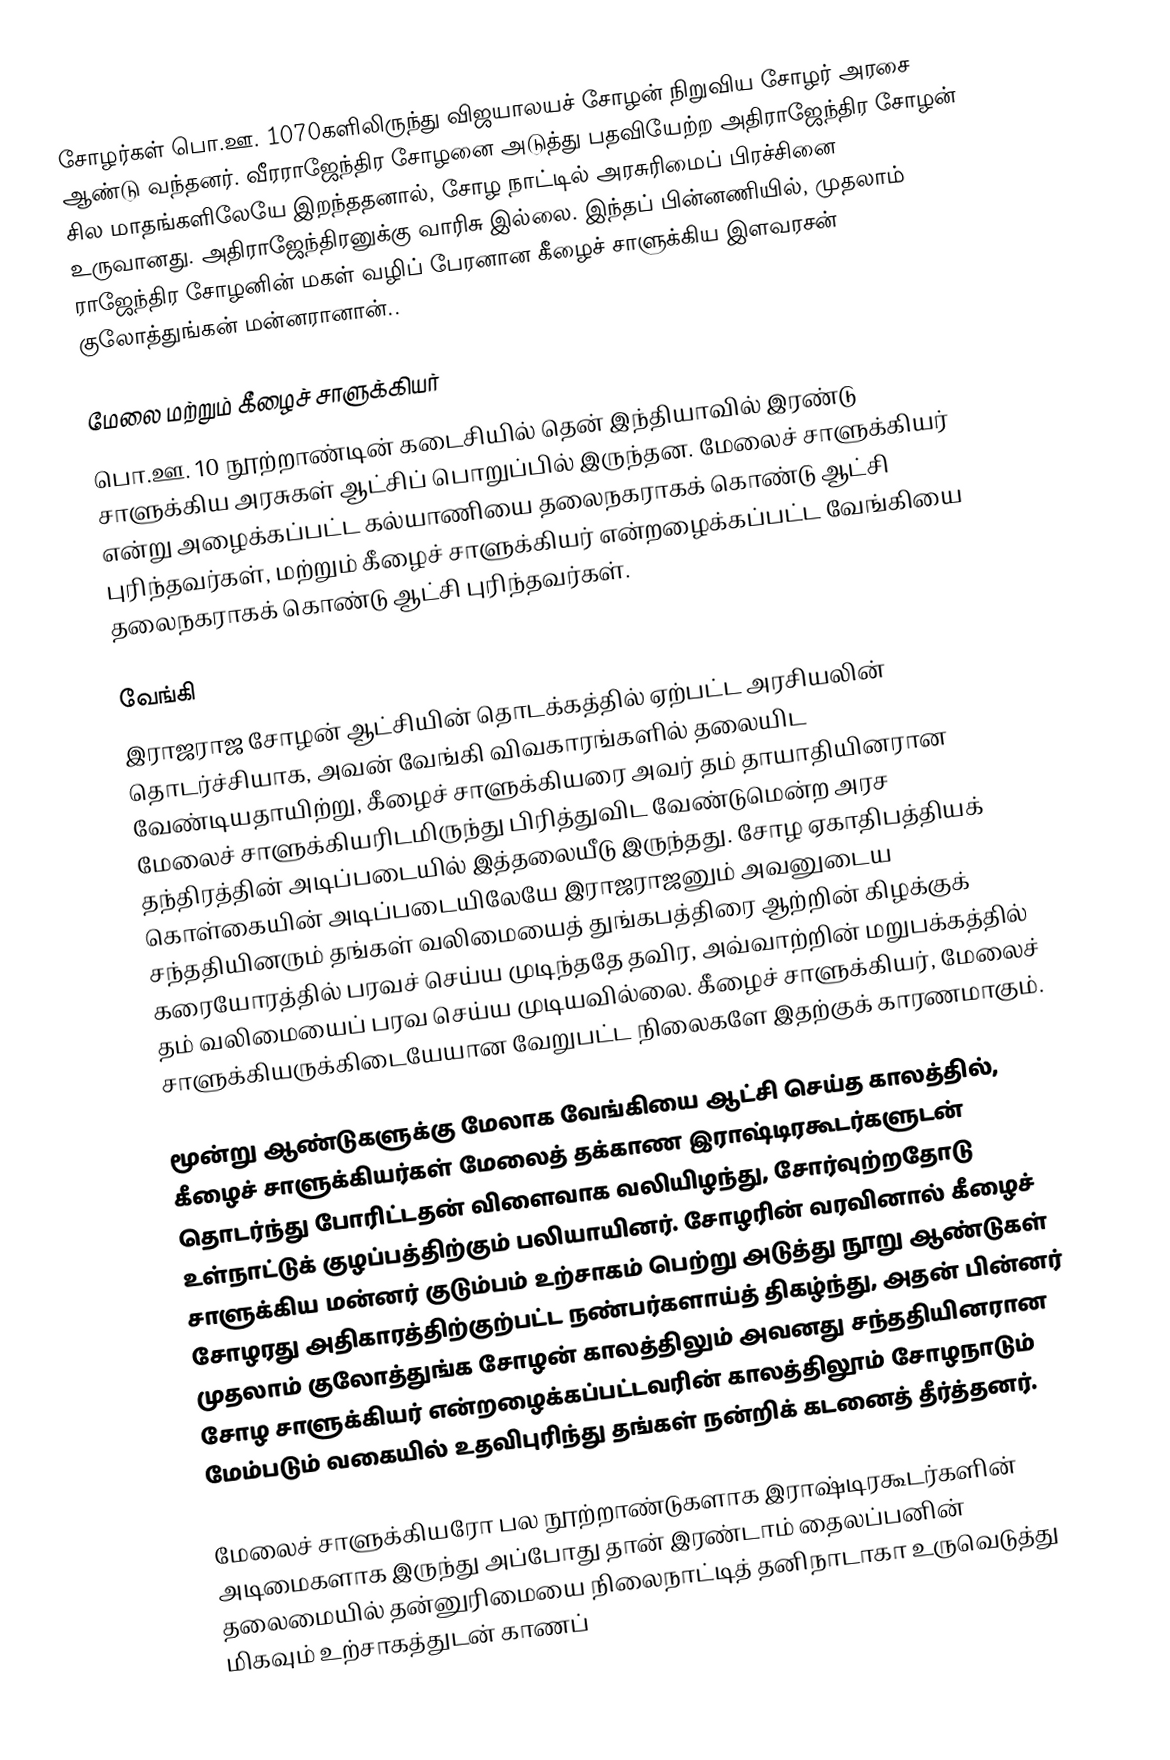
சோழர்கள் பொ.ஊ. 1070களிலிருந்து விஜயாலயச் சோழன் நிறுவிய சோழர் அரசை ஆண்டு வந்தனர். வீரராஜேந்திர சோழனை அடுத்து பதவியேற்ற அதிராஜேந்திர சோழன் சில மாதங்களிலேயே இறந்ததனால், சோழ நாட்டில் அரசுரிமைப் பிரச்சினை உருவானது. அதிராஜேந்திரனுக்கு வாரிசு இல்லை. இந்தப் பின்னணியில், முதலாம் ராஜேந்திர சோழனின் மகள் வழிப் பேரனான கீழைச் சாளுக்கிய இளவரசன் குலோத்துங்கன் மன்னரானான்..

மேலை மற்றும் கீழைச் சாளுக்கியர்
பொ.ஊ. 10 நூற்றாண்டின் கடைசியில் தென் இந்தியாவில் இரண்டு சாளுக்கிய அரசுகள் ஆட்சிப் பொறுப்பில் இருந்தன. மேலைச் சாளுக்கியர் என்று அழைக்கப்பட்ட கல்யாணியை தலைநகராகக் கொண்டு ஆட்சி புரிந்தவர்கள், மற்றும் கீழைச் சாளுக்கியர் என்றழைக்கப்பட்ட வேங்கியை தலைநகராகக் கொண்டு ஆட்சி புரிந்தவர்கள்.

வேங்கி
இராஜராஜ சோழன் ஆட்சியின் தொடக்கத்தில் ஏற்பட்ட அரசியலின் தொடர்ச்சியாக, அவன் வேங்கி விவகாரங்களில் தலையிட வேண்டியதாயிற்று, கீழைச் சாளுக்கியரை அவர் தம் தாயாதியினரான மேலைச் சாளுக்கியரிடமிருந்து பிரித்துவிட வேண்டுமென்ற அரச தந்திரத்தின் அடிப்படையில் இத்தலையீடு இருந்தது. சோழ ஏகாதிபத்தியக் கொள்கையின் அடிப்படையிலேயே இராஜராஜனும் அவனுடைய சந்ததியினரும் தங்கள் வலிமையைத் துங்கபத்திரை ஆற்றின் கிழக்குக் கரையோரத்தில் பரவச் செய்ய முடிந்ததே தவிர, அவ்வாற்றின் மறுபக்கத்தில் தம் வலிமையைப் பரவ செய்ய முடியவில்லை. கீழைச் சாளுக்கியர், மேலைச் சாளுக்கியருக்கிடையேயான வேறுபட்ட நிலைகளே இதற்குக் காரணமாகும்.

மூன்று ஆண்டுகளுக்கு மேலாக வேங்கியை ஆட்சி செய்த காலத்தில், கீழைச் சாளுக்கியர்கள் மேலைத் தக்காண இராஷ்டிரகூடர்களுடன் தொடர்ந்து போரிட்டதன் விளைவாக வலியிழந்து, சோர்வுற்றதோடு உள்நாட்டுக் குழப்பத்திற்கும் பலியாயினர். சோழரின் வரவினால் கீழைச் சாளுக்கிய மன்னர் குடும்பம் உற்சாகம் பெற்று அடுத்து நூறு ஆண்டுகள் சோழரது அதிகாரத்திற்குற்பட்ட நண்பர்களாய்த் திகழ்ந்து, அதன் பின்னர் முதலாம் குலோத்துங்க சோழன் காலத்திலும் அவனது சந்ததியினரான சோழ சாளுக்கியர் என்றழைக்கப்பட்டவரின் காலத்திலூம் சோழநாடும் மேம்படும் வகையில் உதவிபுரிந்து தங்கள் நன்றிக் கடனைத் தீர்த்தனர்.

மேலைச் சாளுக்கியரோ பல நூற்றாண்டுகளாக இராஷ்டிரகூடர்களின் அடிமைகளாக இருந்து அப்போது தான் இரண்டாம் தைலப்பனின் தலைமையில் தன்னுரிமையை நிலைநாட்டித் தனிநாடாகா உருவெடுத்து மிகவும் உற்சாகத்துடன் காணப்